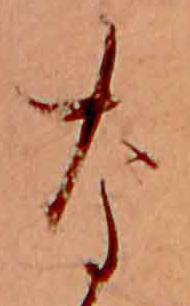
な